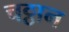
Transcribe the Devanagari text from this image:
चट्ठान